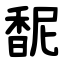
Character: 馜